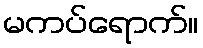
မကပ်ရောက်။